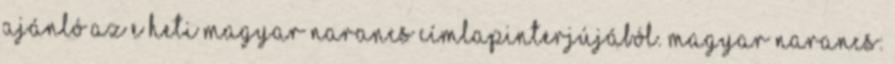
Ajánló az e heti Magyar Narancs címlapinterjújából. Magyar Narancs: